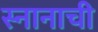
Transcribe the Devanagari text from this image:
स्नानाची